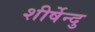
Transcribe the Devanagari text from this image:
शीर्षेन्दु